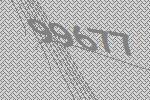
99677